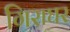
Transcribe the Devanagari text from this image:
गिराघर